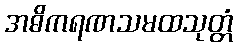
အဓိကရဏသမထသုတ္တံ